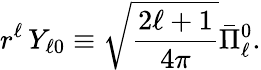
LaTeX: r^{\ell}\, Y_{\ell 0}\equiv{\sqrt{\frac{2\ell+1}{4\pi}}}{\bar{\Pi}}_{\ell}^{0}.